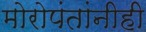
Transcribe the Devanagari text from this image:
मोरोपंतांनीही